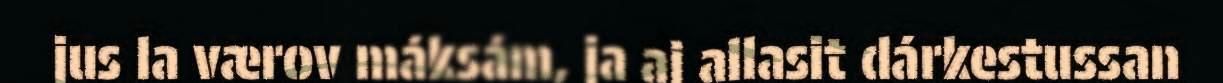
jus la værov máksám, ja aj allasit dárkestussan